Vaccination in Bombay 1902-1912 - 1902-1912
Year: 1902
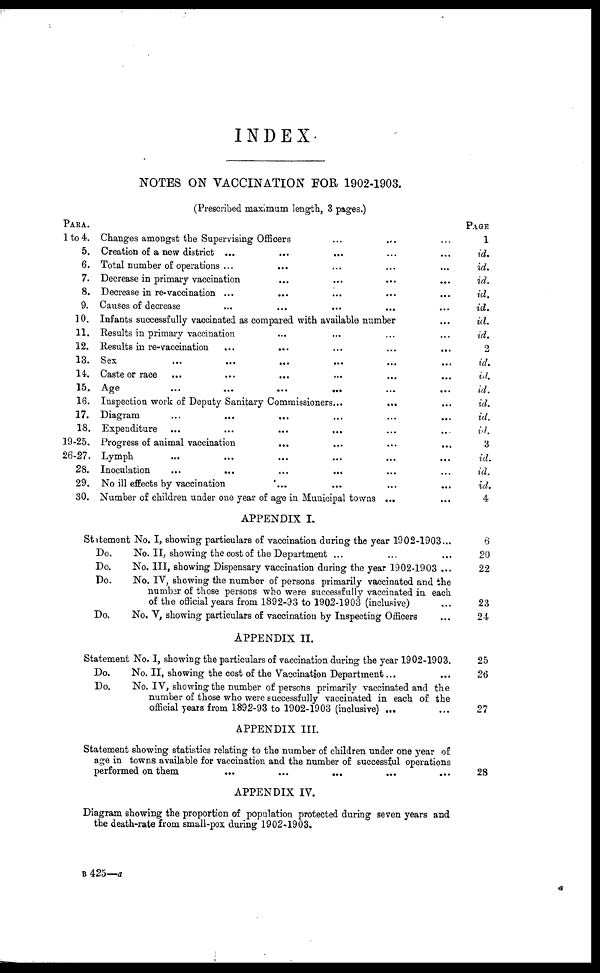
INDEX.
NOTES ON VACCINATION FOR 1902-1903.
(Prescribed maximum length, 3 pages.)
PARA.
1 to 4.
5.
6.
7.
8.
9.
10.
11.
12.
13.
14.
15.
16.
17.
18.
19-25.
26-27.
28.
29.
30.
Changes amongst the Supervising Officers ... ... ...
Creation of a new district ... ... ... ... ...
Total number of operations ... ... ... ... ...
Decrease in primary vaccination ... ... ... ...
Decrease in re-vaccination ... ... ... ... ...
Causes of decrease ... ... ... ... ...
Infants successfully vaccinated as compared with available number ...
Results in primary vaccination ... ... ... ...
Results in re-vaccination ... ... ... ... ...
Sex ... ... ... ... ... ...
Caste or race ... ... ... ... ... ...
Age
...
...
...
...
...
...
Inspection work of Deputy Sanitary Commissioners...
... ...
Diagram ... ... ... ... ... ...
Expenditure ...
...
...
... ... ...
Progress of animal vaccination ... ... ... ...
Lymph ... ... ... ... ... ...
Inoculation ... ... ... ... ... ...
No ill effects by vaccination ... ... ... ...
Number of children under one year of age in Municipal to was ... ...
PAGE
1
id.
id.
id.
id.
id.
id.
id.
2
id.
id.
id.
id.
id.
id.
3
id.
id.
id.
4
APPENDIX I.
Statement No. I, showing particulars of vaccination during the year 1902-1903...
Do.
No. II, showing the cost of the Department ... ... ...
Do.
No. III, showing Dispensary vaccination during the year 1902-1903 ...
Do.
No. IV, showing the number of persons primarily vaccinated and the
number of those persons who were successfully vaccinated in each
of the official years from 1892-93 to 1902-1903 (inclusive) ...
Do.
No. V, showing particulars of vaccination by Inspecting Officers
6
20
22
23
24
APPENDIX II.
Statement No. I, showing the particulars of vaccination during the year 1902-1903.
Do.
No. II, showing the cost of the Vaccination Department... ...
Do.
No. IV, showing the number of persons primarily vaccinated and the
number of those who were successfully vaccinated in each of the
official years from 1892-93 to 1902-1903 (inclusive) ... ...
25
26
27
APPENDIX III.
Statement showing statistics relating to the number of children under one year of
age in towns available for vaccination and the number of successful operations
performed on them
...
...
...
... ...
28
APPENDIX IV.
Diagram showing the proportion of population protected during seven years and
the death-rate from small-pox during 1902-1903.
B 425—a